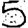
Digit: 5